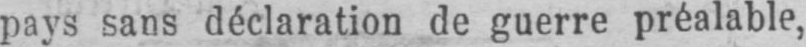
pays sans déclaration de guerre préalable,